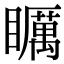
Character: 矋